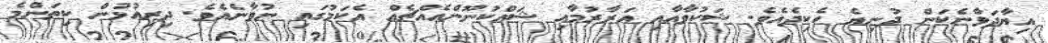
އިޔާދަވާނެކަން ދުނިޔެ ހެކިދެއެވެ. ޝަކުވާއާއި އަރާރުމާއި ޝައްކުނޫންއެއްޗެއް އެކަމުގައި ނުވާނެއެވެ. ދިރިއުޅުން ކިތަންމެ